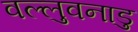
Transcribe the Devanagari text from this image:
वल्लुवनाडु